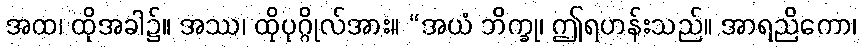
အထ၊ ထိုအခါ၌။ အဿ၊ ထိုပုဂ္ဂိုလ်အား။ “အယံ ဘိက္ခု၊ ဤရဟန်းသည်။ အာရညိကော၊